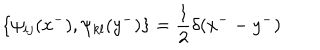
LaTeX: \{ \psi _ { i j } ( x ^ { - } ) , \psi _ { k l } ( y ^ { - } ) \} = \frac { 1 } { 2 } \delta ( x ^ { - } - y ^ { - } )